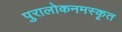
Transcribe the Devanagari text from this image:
पुरालोकनमस्कृत